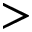
>